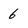
Character: 6